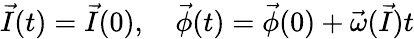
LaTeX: {\vec{I}}(t)={\vec{I}}(0),\quad{\vec{\phi}}(t)={\vec{\phi}}(0)+{\vec{\omega}}({\vec{I}})t